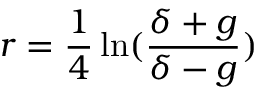
r = \frac { 1 } { 4 } \ln ( \frac { \delta + g } { \delta - g } )